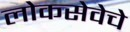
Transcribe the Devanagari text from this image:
लोकसेवेचे